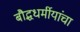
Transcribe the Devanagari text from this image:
बौद्धधर्मीयांचा